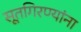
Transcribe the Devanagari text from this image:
सूतगिरण्यांना